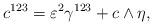
LaTeX: \begin{align*} c^{123}={\varepsilon^2}\gamma^{123}+c\wedge\eta,\end{align*}